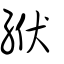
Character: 絥